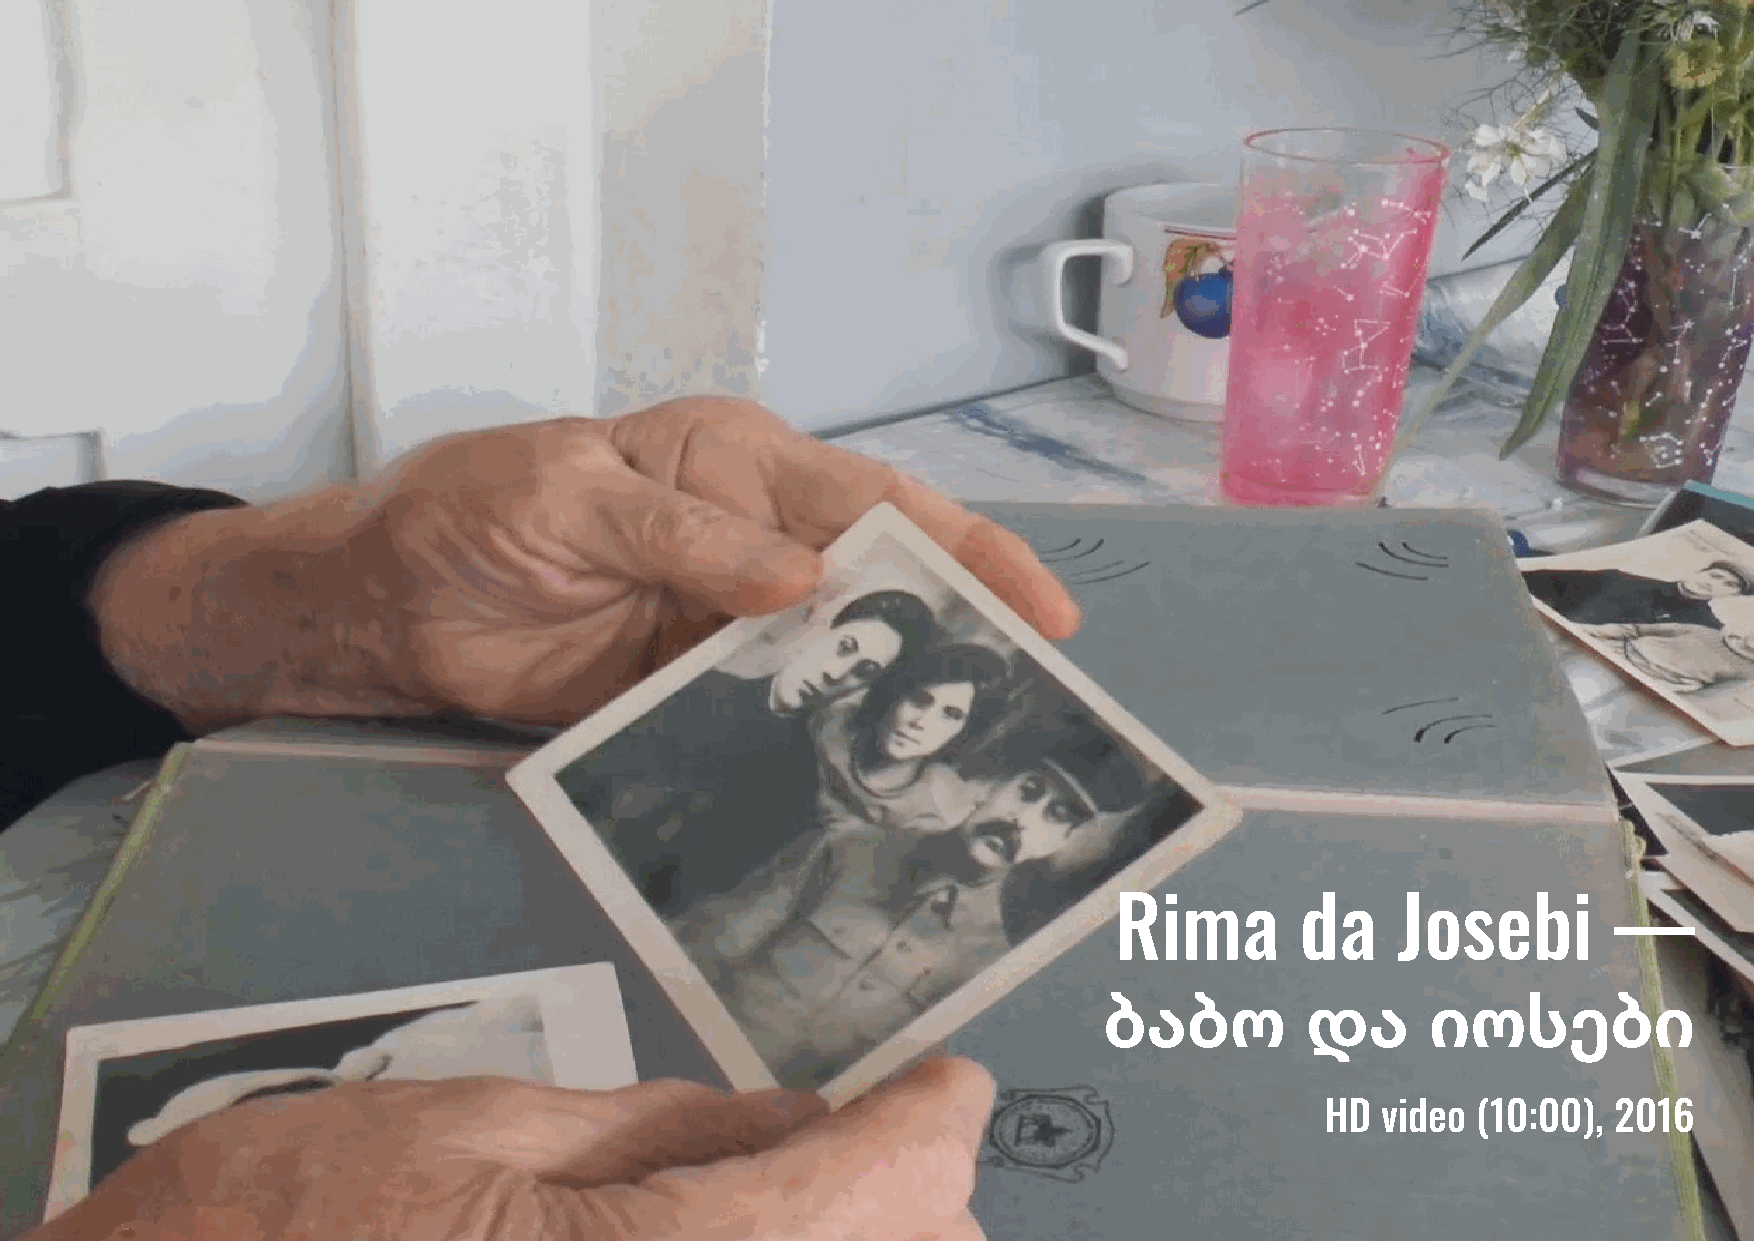
Rima        da    Josebi         —
 ბაბო         და       იოსები
 HD video  (10:00), 2016